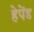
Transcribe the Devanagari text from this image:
हेपेंड